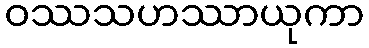
ဝဿသဟဿာယုကာ